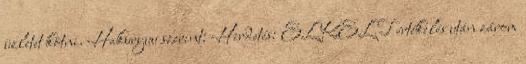
üzletet kötni. Hakuryuu szerint: Hirdetés: ELKELT értékelés után zárom